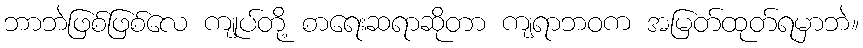
ဘာဘဲဖြစ်ဖြစ်လေ ကျုပ်တို့ စာရေးဆရာဆိုတာ ကျရာဘဝက အမြတ်ထုတ်ရမှာဘဲ။